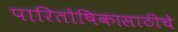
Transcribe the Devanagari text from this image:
पारितोषिकासाठीचे